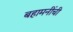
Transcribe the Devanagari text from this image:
बहामनींची